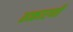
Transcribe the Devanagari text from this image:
तत्कारणी